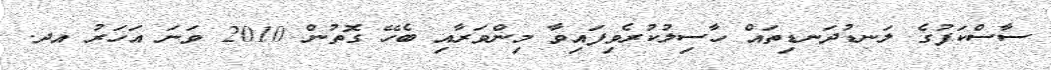
ސާސްކަފުގެ ލަނޑުދަނޑިތައް ހާސިލުކުރެވިފައިވާ މިންވަރާއި ބެހޭ ގޮތުން 2010 ވަނަ އަހަރު އދ.